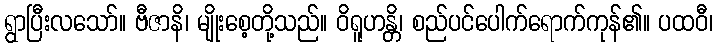
ရွာပြီးလသော်။ ဗီဇာနိ၊ မျိုးစေ့တို့သည်။ ဝိရူဟန္တိ၊ စည်ပင်ပေါက်ရောက်ကုန်၏။ ပထဝီ၊